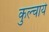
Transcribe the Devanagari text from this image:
कुल्चाये